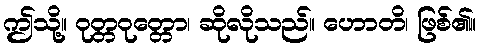
ဤသို့။ ဝုတ္တဝုတ္တော၊ ဆိုလိုသည်။ ဟောတိ၊ ဖြစ်၏။